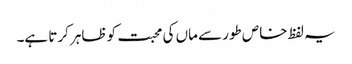
یہ لفظ خاص طور سے ماں کی محبت کو ظاہر کرتا ہے۔